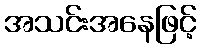
အသင်းအနေဖြင့်